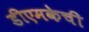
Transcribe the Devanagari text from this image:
डीएमकेची